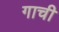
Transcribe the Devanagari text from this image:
गाची